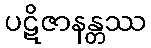
ပဋိဇာနန္တဿ